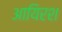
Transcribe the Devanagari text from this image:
आयिरश